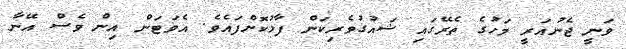
ވަނީ ޖެނުއަރީ މަހުގެ ތެރޭގައި ޝައުގުވެރިކަން ފާޅުކޮށްފައެވެ. އެވަޓަން އިން ވެސް އޭނާ